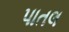
પાતલ